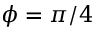
\phi = \pi / 4